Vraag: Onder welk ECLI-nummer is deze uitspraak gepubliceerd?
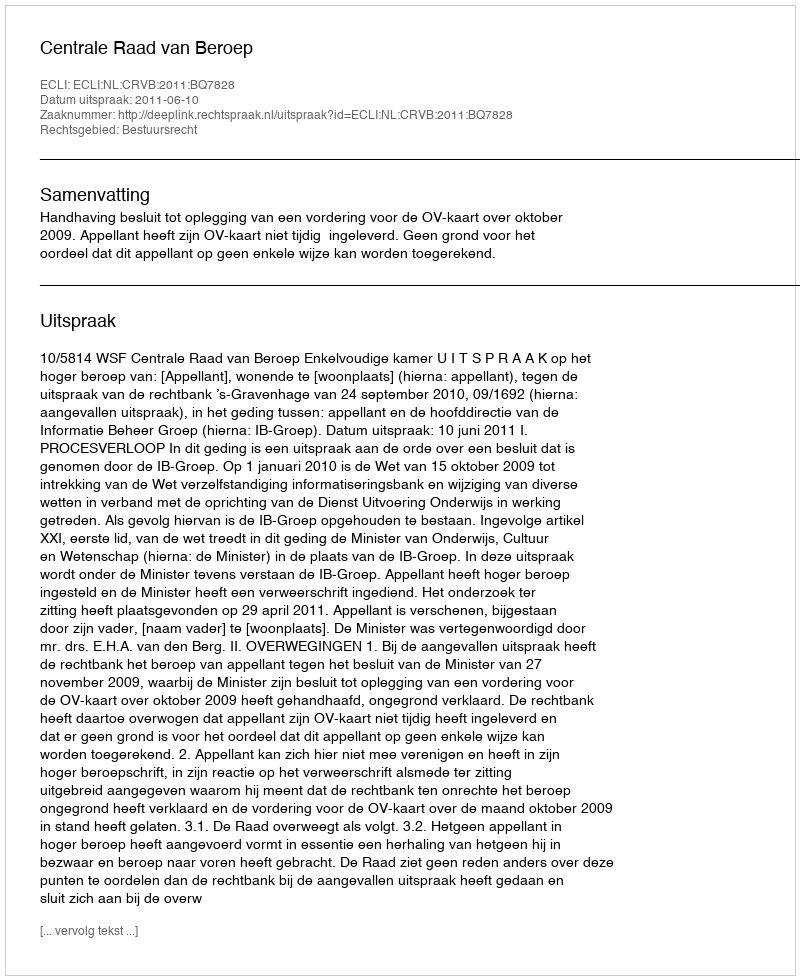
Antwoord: ECLI:NL:CRVB:2011:BQ7828